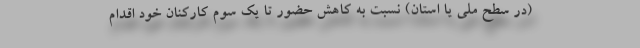
(در سطح ملی یا استان) نسبت به کاهش حضور تا یک سوم کارکنان خود اقدام